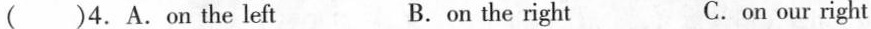
( )4. A. On the left B. on the right C. on our right